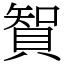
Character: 䝷